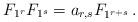
LaTeX: \begin{align*}F_{1^r} F_{1^s} = a_{r,s} F_{1^{r+s}}\,.\end{align*}